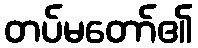
တပ်မတော်၏